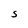
Character: S